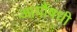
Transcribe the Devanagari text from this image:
आर्यौषधी